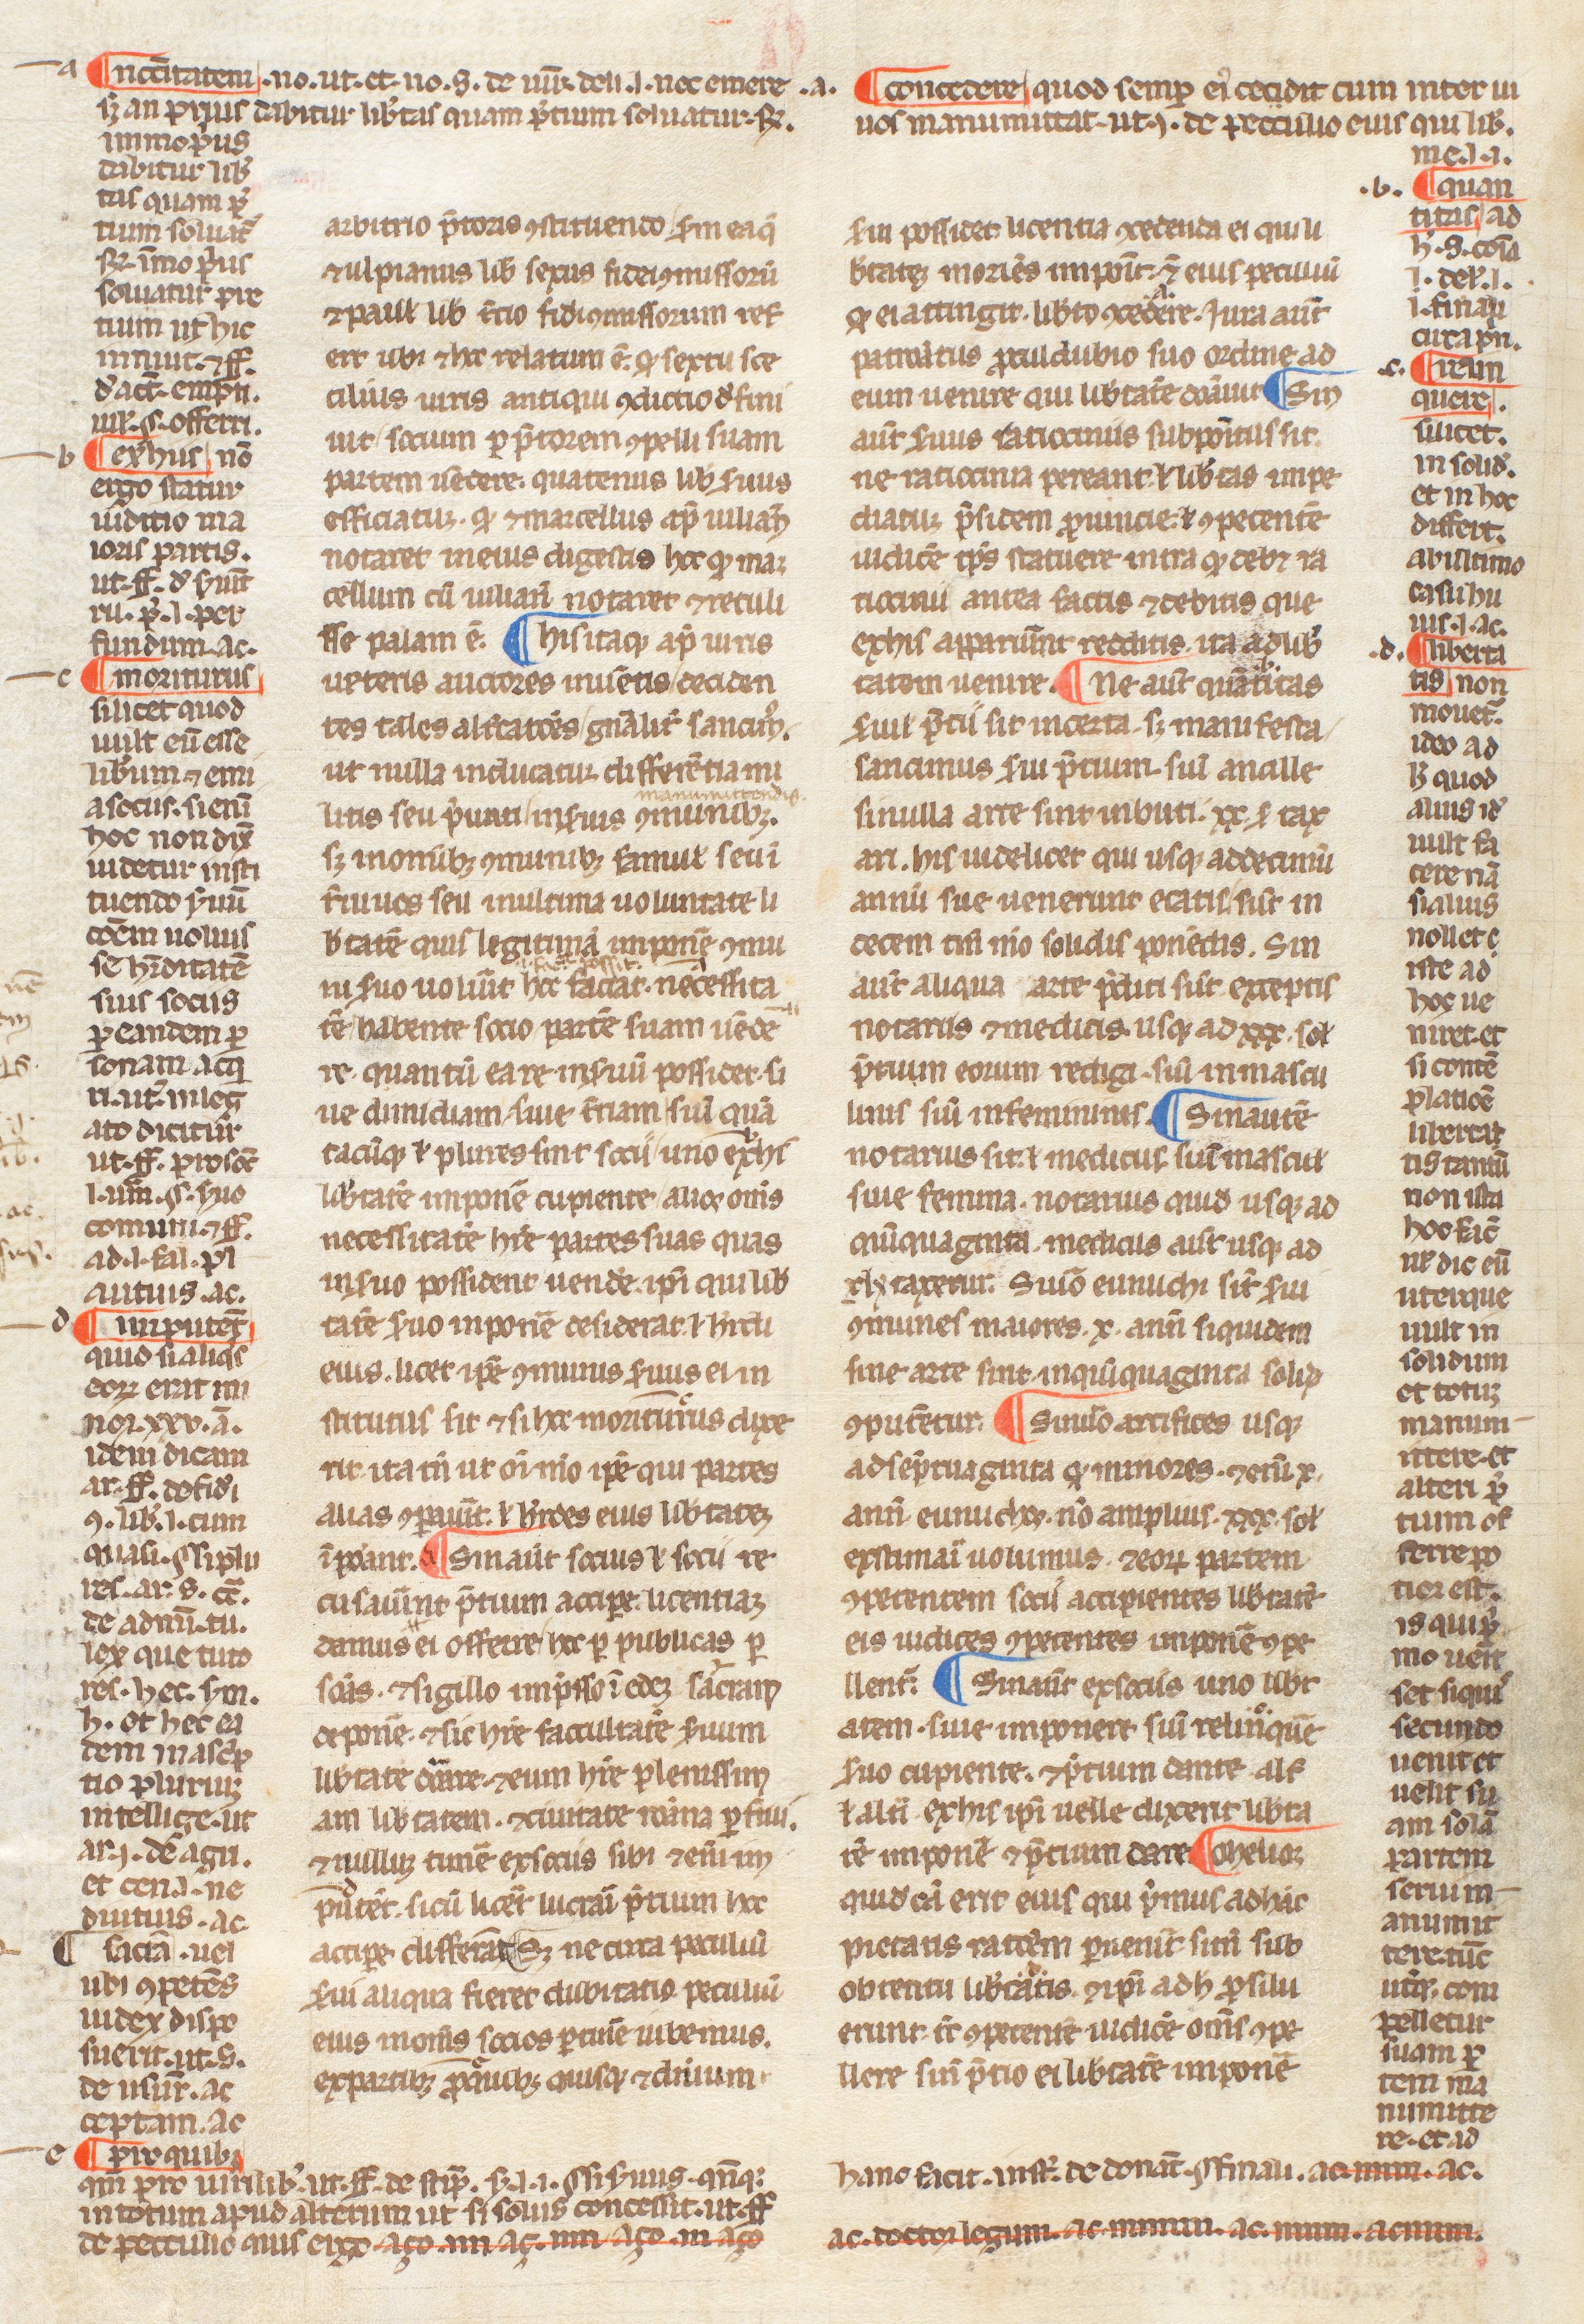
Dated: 1250–1399